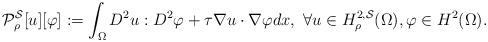
LaTeX: \begin{align*}\mathcal P^{\mathcal S}_\rho[u][\varphi]:=\int_\Omega D^2u:D^2\varphi+\tau \nabla u\cdot\nabla\varphi dx,\ \forall u\in {{H}}^{2,\mathcal S}_\rho(\Omega),\varphi\in {H}^2(\Omega).\end{align*}